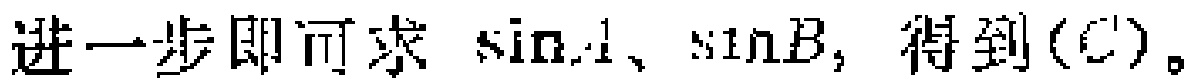
进一步即可求\(\sin A\)、\(\sin B\)，得到\((C)\)。